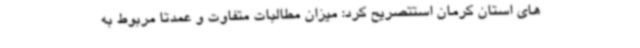
های استان کرمان استتصریح کرد: میزان مطالبات متفاوت و عمدتا مربوط به